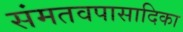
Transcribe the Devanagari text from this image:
संमतवपासादिका